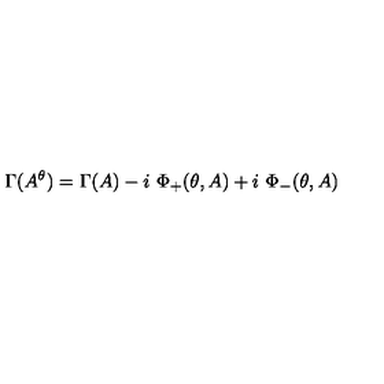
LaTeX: \Gamma ( A ^ { \theta } ) = \Gamma ( A ) - i \ \Phi _ { + } ( \theta , A ) + i \ \Phi _ { - } ( \theta , A )